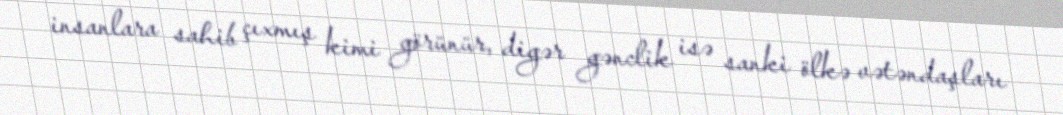
insanlara sahib çıxmış kimi görünür, digər gənclik isə sanki ölkə vətəndaşları